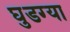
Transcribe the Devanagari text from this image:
घुडग्या